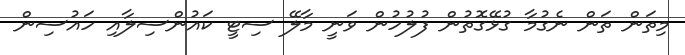
މިތަން ތަން ނެގުމާ ގުޅޭގޮތުން ފުލުހުން ވަނީ މާލޭ ސިޓީ ކައުންސިލާއި ހައުސިން